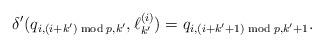
LaTeX: \begin{align*}\delta'(q_{i,(i+k')\bmod p,k'}, \ell_{k'}^{(i)})=q_{i,(i+k'+1)\bmod p,k'+1}.\end{align*}